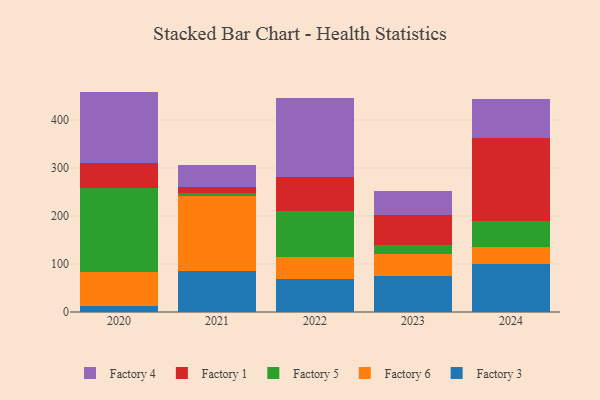
{"axis": {"x": "Year", "y": "Tickets Resolved"}, "legend": ["Factory 1", "Factory 3", "Factory 4", "Factory 5", "Factory 6"], "data": [{"x": "2022", "y": 68.0, "type": "Factory 3"}, {"x": "2022", "y": 45.9, "type": "Factory 6"}, {"x": "2022", "y": 95.8, "type": "Factory 5"}, {"x": "2022", "y": 72.6, "type": "Factory 1"}, {"x": "2022", "y": 163.7, "type": "Factory 4"}, {"x": "2023", "y": 75.9, "type": "Factory 3"}, {"x": "2023", "y": 45.9, "type": "Factory 6"}, {"x": "2023", "y": 18.5, "type": "Factory 5"}, {"x": "2023", "y": 62.8, "type": "Factory 1"}, {"x": "2023", "y": 49.8, "type": "Factory 4"}, {"x": "2020", "y": 12.3, "type": "Factory 3"}, {"x": "2020", "y": 71.3, "type": "Factory 6"}, {"x": "2020", "y": 174.7, "type": "Factory 5"}, {"x": "2020", "y": 51.4, "type": "Factory 1"}, {"x": "2020", "y": 149.5, "type": "Factory 4"}, {"x": "2024", "y": 100.7, "type": "Factory 3"}, {"x": "2024", "y": 34.7, "type": "Factory 6"}, {"x": "2024", "y": 53.9, "type": "Factory 5"}, {"x": "2024", "y": 173.8, "type": "Factory 1"}, {"x": "2024", "y": 81.2, "type": "Factory 4"}, {"x": "2021", "y": 86.2, "type": "Factory 3"}, {"x": "2021", "y": 154.8, "type": "Factory 6"}, {"x": "2021", "y": 6.8, "type": "Factory 5"}, {"x": "2021", "y": 12.4, "type": "Factory 1"}, {"x": "2021", "y": 46.6, "type": "Factory 4"}]}